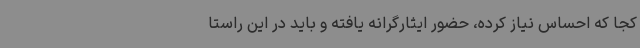
کجا که احساس نیاز کرده، حضور ایثارگرانه یافته و باید در این راستا